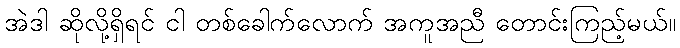
အဲဒါ ဆိုလို့ရှိရင် ငါ တစ်ခေါက်လောက် အကူအညီ တောင်းကြည့်မယ်။